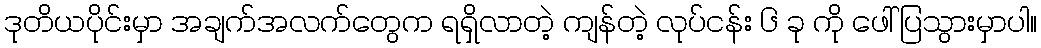
ဒုတိယပိုင်းမှာ အချက်အလက်တွေက ရရှိလာတဲ့ ကျန်တဲ့ လုပ်ငန်း ၆ ခု ကို ဖေါ်ပြသွားမှာပါ။